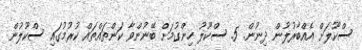
ސްކޫލަށް އެއްބާރުލުން ދިނުން. 5. ސްކޫލު ހިންގުމަށް ބޭނުންވާ ކަންތައްތައް ކުރުމުގައި ސްކޫލުން